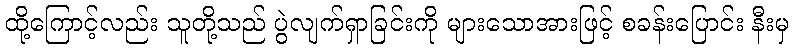
ထို့ကြောင့်လည်း သူတို့သည် ပွဲလျက်ရှာခြင်းကို များသောအားဖြင့် စခန်းပြောင်း နီးမှ